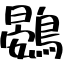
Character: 鷃